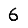
Digit: 6